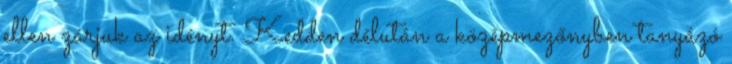
ellen zárjuk az idényt. Kedden délután a középmezőnyben tanyázó